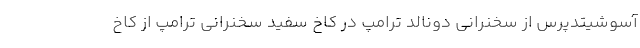
آسوشیتدپرس از سخنرانی دونالد ترامپ در کاخ سفید سخنرانی ترامپ از کاخ